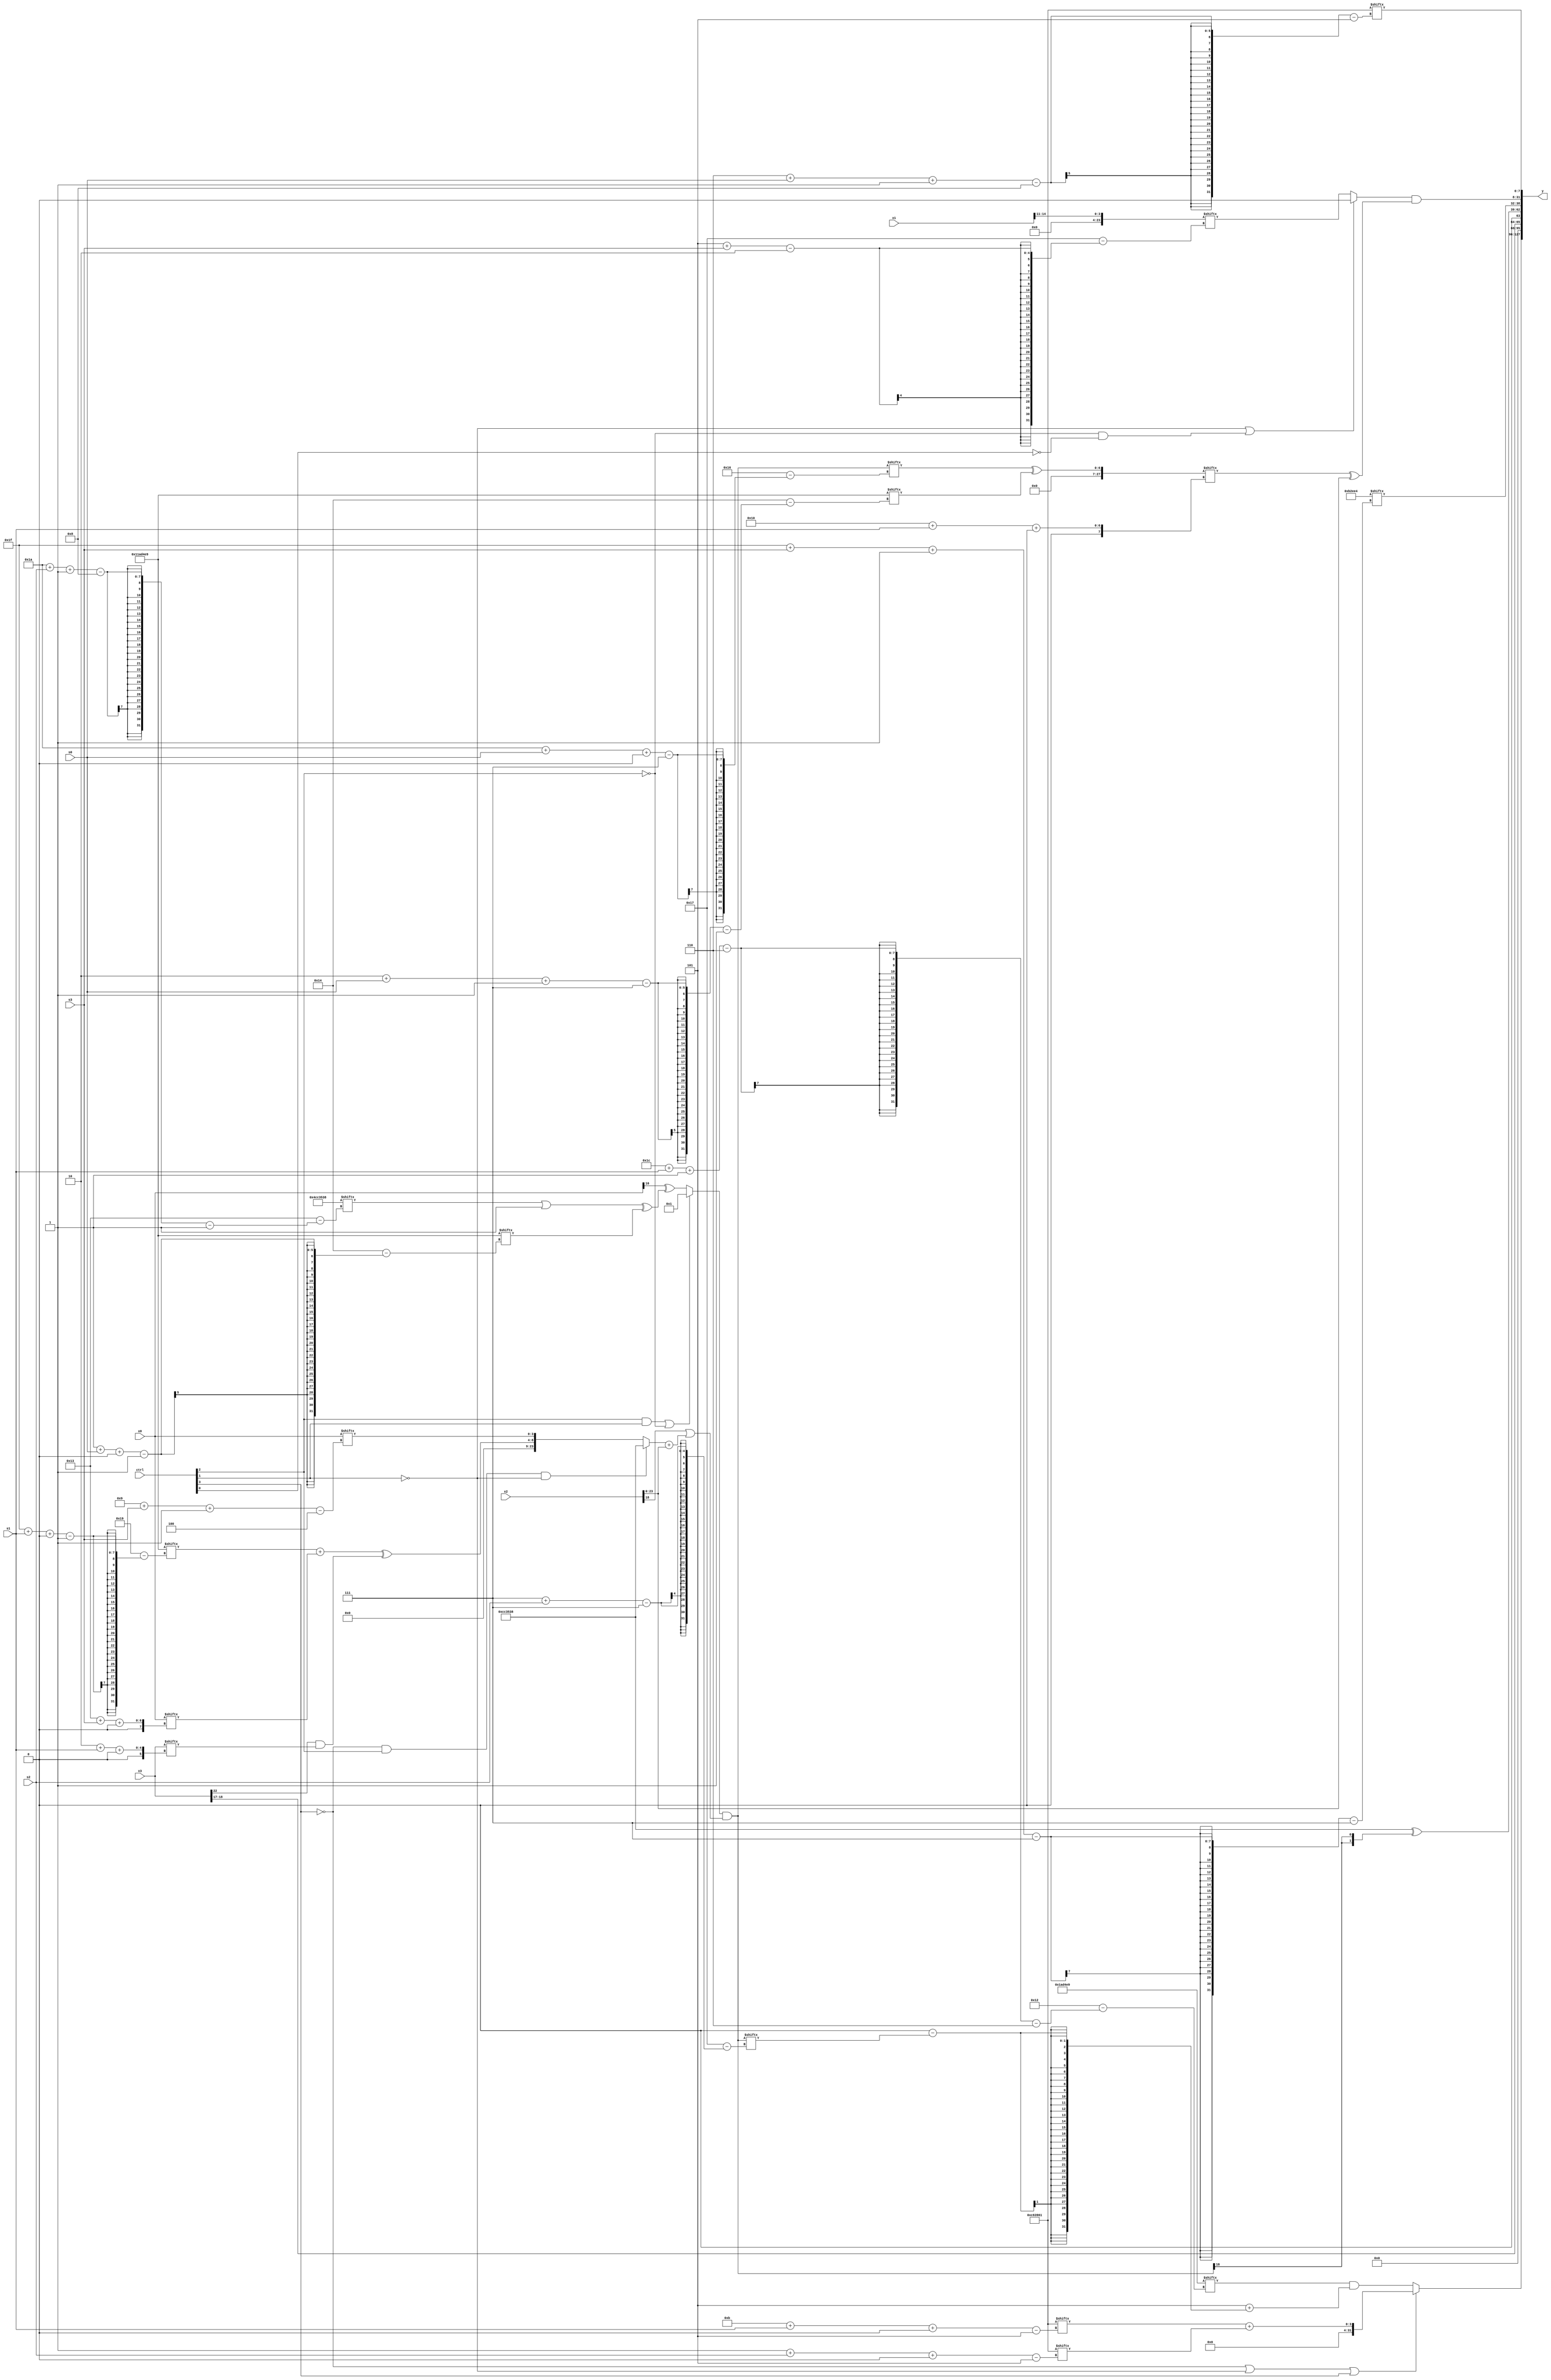
module partsel_00918(ctrl, s0, s1, s2, s3, x0, x1, x2, x3, y);
  input [3:0] ctrl;
  input [2:0] s0;
  input [2:0] s1;
  input [2:0] s2;
  input [2:0] s3;
  input signed [31:0] x0;
  input [31:0] x1;
  input [31:0] x2;
  input signed [31:0] x3;
  wire [7:30] x4;
  wire [6:31] x5;
  wire [2:25] x6;
  wire signed [27:0] x7;
  wire [6:29] x8;
  wire [4:25] x9;
  wire [30:4] x10;
  wire [28:1] x11;
  wire [29:6] x12;
  wire [31:5] x13;
  wire [24:2] x14;
  wire signed [0:24] x15;
  output [127:0] y;
  wire signed [31:0] y0;
  wire [31:0] y1;
  wire signed [31:0] y2;
  wire signed [31:0] y3;
  assign y = {y0,y1,y2,y3};
  localparam signed [1:27] p0 = 18535657;
  localparam [1:27] p1 = 80491832;
  localparam [28:5] p2 = 986069345;
  localparam [26:7] p3 = 251342564;
  assign x4 = ((ctrl[2] && ctrl[1] || !ctrl[2] ? p1[22] : (x0[16 -: 1] ^ ((p1[26 + s2 -: 8] | p0[12 -: 1]) ^ p0[1 + s0 +: 7]))) & (x2[18 +: 1] | ((!ctrl[3] && ctrl[2] && !ctrl[1] ? p1 : {((p0[31 + s1 +: 2] + x0[19 + s3 +: 5]) ^ (x3[22] & x3[2 + s1 +: 5])), x0[9 + s3 -: 4]}) + x2)));
  assign x5 = (ctrl[0] || ctrl[1] && !ctrl[3] ? (!ctrl[1] || !ctrl[3] && ctrl[3] ? {2{({p0[10], p0[15 +: 3]} ^ p1[19 -: 3])}} : p3[12 +: 2]) : p2[6 + s0]);
  assign x6 = x1[11 +: 4];
  assign x7 = (x4[26 + s0 +: 2] ^ p0[2 + s0 -: 7]);
  assign x8 = p0;
  assign x9 = p2[18 + s1 -: 8];
  assign x10 = p1[30 + s1 -: 2];
  assign x11 = ((p0[25 + s0 +: 4] + (ctrl[3] || ctrl[1] || ctrl[2] ? (ctrl[3] || ctrl[2] || ctrl[0] ? x2[15 + s1] : {2{p1}}) : x8[11])) & (p3[9 +: 1] + x9[0 + s0 -: 7]));
  assign x12 = (({2{({x11[26 + s2 +: 3], (p3[5 + s1 +: 6] ^ (x7 & x10[17 -: 2]))} ^ x6[15])}} & p0) ^ {x0[28 + s3 -: 8], x6[29 + s3 -: 7]});
  assign x13 = {x0[15 -: 2], p0};
  assign x14 = ({2{{2{{2{x0[13 + s0]}}}}}} | {2{{2{p3[1 + s0 +: 1]}}}});
  assign x15 = {2{x7}};
  assign y0 = (!ctrl[3] || !ctrl[1] || ctrl[3] ? ({x8[18], p2[11 + s1 +: 3]} + p2[1 + s2 +: 2]) : (x8[28 + s1 -: 6] & (p0[8 +: 3] + (x7[8 +: 3] - x4[7 + s2]))));
  assign y1 = x3[17 +: 2];
  assign y2 = {(p1 ^ {2{x4[14]}}), p3[31 + s3 -: 7]};
  assign y3 = {{2{{2{((!ctrl[1] || !ctrl[2] && !ctrl[0] ? x15[12 +: 4] : x6[5 + s3]) & (x7[16 + s1 +: 6] ^ x2))}}}}, p2[6 + s0 -: 8]};
endmodule